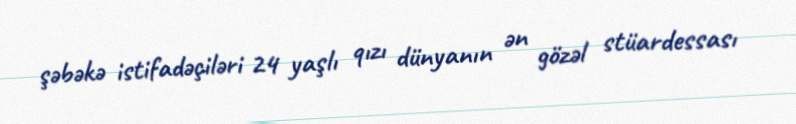
şəbəkə istifadəçiləri 24 yaşlı qızı dünyanın ən gözəl stüardessası